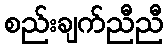
စည်းချက်ညီညီ